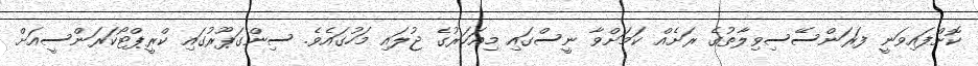
ކޮށްފައިވަނީ ފަރަންސޭސިވިލާތުގެ ރަށެއް ކަމަށްވާ ނީސްގައި މިއަހަރުގެ ޖުލައި މަހުގައެވެ. ސިންގަޕޫރުގައި ކްރީޕްޓޯކަރަންސީއަށް